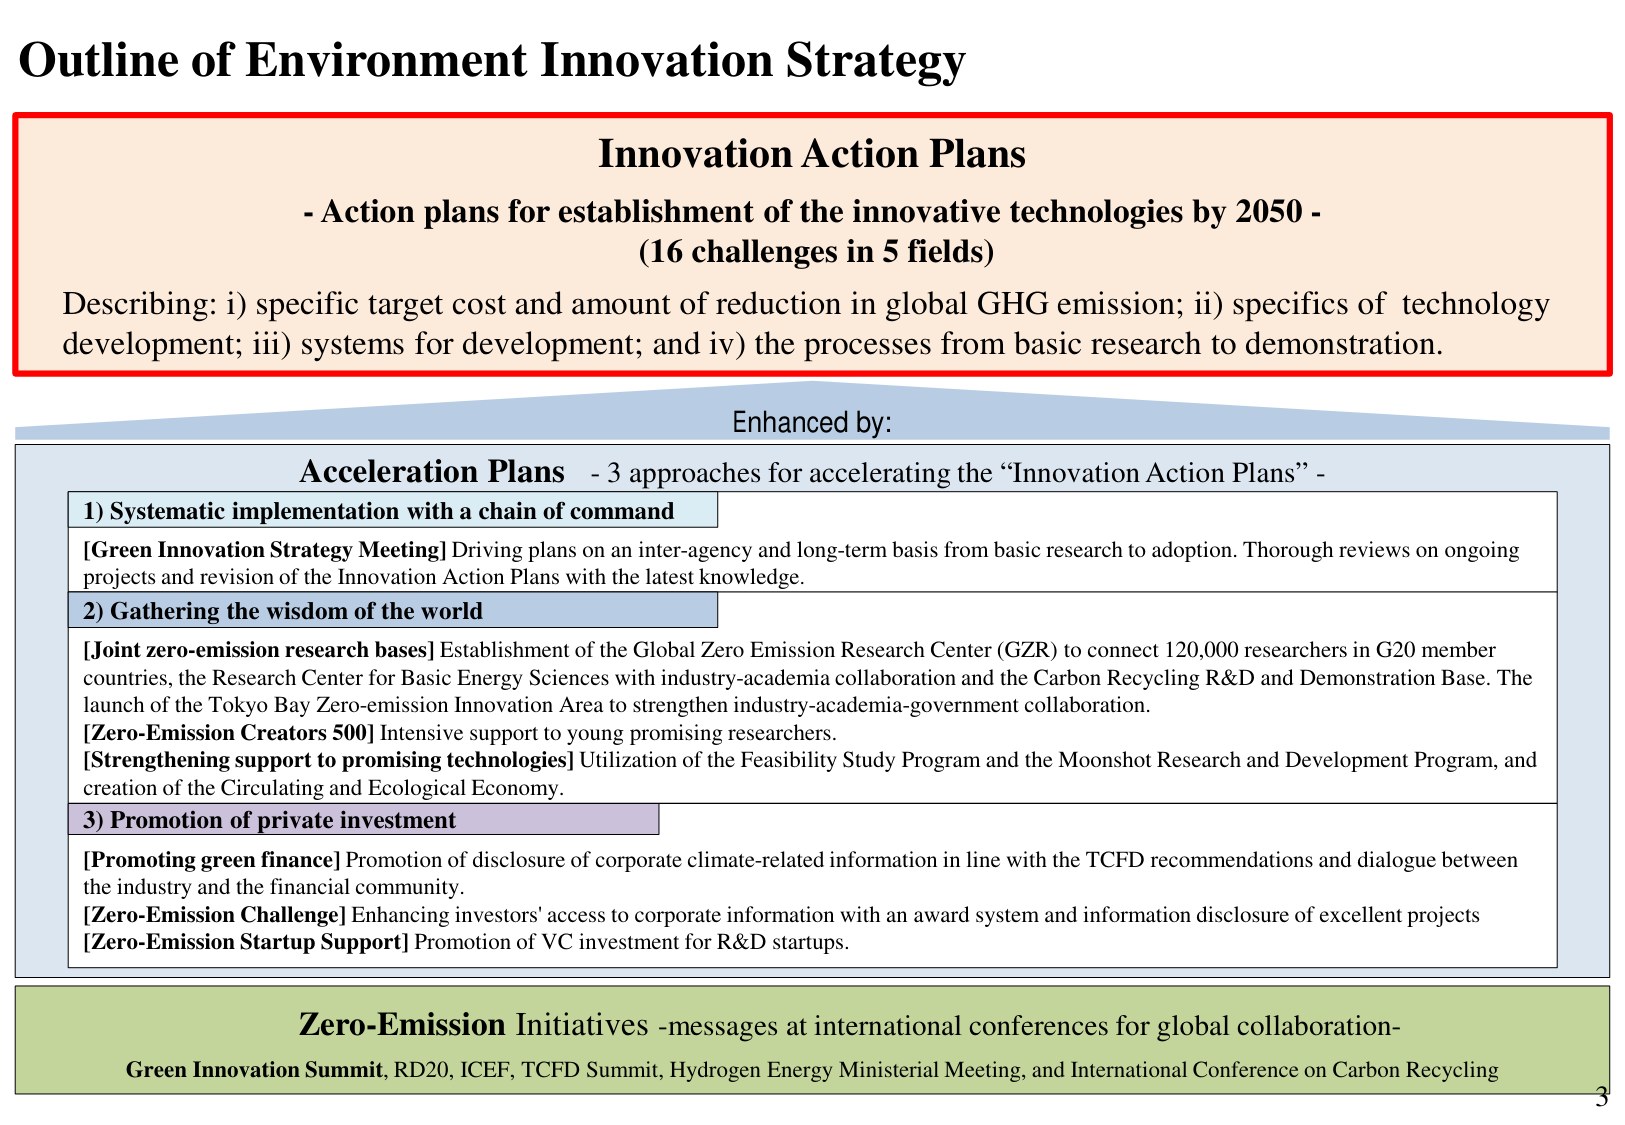
Outline of Environment Innovation Strategy

Innovation Action Plans
- Action plans for establishment of the innovative technologies by 2050 -
(16 challenges in 5 fields)
Describing: i) specific target cost and amount of reduction in global GHG emission; ii) specifics of technology development; iii) systems for development; and iv) the processes from basic research to demonstration.

Enhanced by:
Acceleration Plans - 3 approaches for accelerating the “Innovation Action Plans” -

1) Systematic implementation with a chain of command
[Green Innovation Strategy Meeting] Driving plans on an inter-agency and long-term basis from basic research to adoption. Thorough reviews on ongoing projects and revision of the Innovation Action Plans with the latest knowledge.

2) Gathering the wisdom of the world
[Joint zero-emission research bases] Establishment of the Global Zero Emission Research Center (GZR) to connect 120,000 researchers in G20 member countries, the Research Center for Basic Energy Sciences with industry-academia collaboration and the Carbon Recycling R&D and Demonstration Base. The launch of the Tokyo Bay Zero-emission Innovation Area to strengthen industry-academia-government collaboration.
[Zero-Emission Creators 500] Intensive support to young promising researchers.
[Strengthening support to promising technologies] Utilization of the Feasibility Study Program and the Moonshot Research and Development Program, and creation of the Circulating and Ecological Economy.

3) Promotion of private investment
[Promoting green finance] Promotion of disclosure of corporate climate-related information in line with the TCFD recommendations and dialogue between the industry and the financial community.
[Zero-Emission Challenge] Enhancing investors' access to corporate information with an award system and information disclosure of excellent projects
[Zero-Emission Startup Support] Promotion of VC investment for R&D startups.

Zero-Emission Initiatives -messages at international conferences for global collaboration-
Green Innovation Summit, RD20, ICEF, TCFD Summit, Hydrogen Energy Ministerial Meeting, and International Conference on Carbon Recycling

3